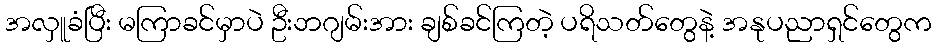
အလှူခံပြီး မကြာခင်မှာပဲ ဦးဘဂျမ်းအား ချစ်ခင်ကြတဲ့ ပရိသတ်တွေနဲ့ အနုပညာရှင်တွေက